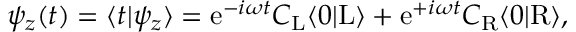
\begin{array} { r } { \psi _ { z } ( t ) = \langle t | \psi _ { z } \rangle = \mathrm { e } ^ { - i \omega t } C _ { \mathrm { L } } \langle 0 | \mathrm { L } \rangle + \mathrm { e } ^ { + i \omega t } C _ { \mathrm { R } } \langle 0 | \mathrm { R } \rangle , } \end{array}